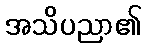
အသိပညာ၏